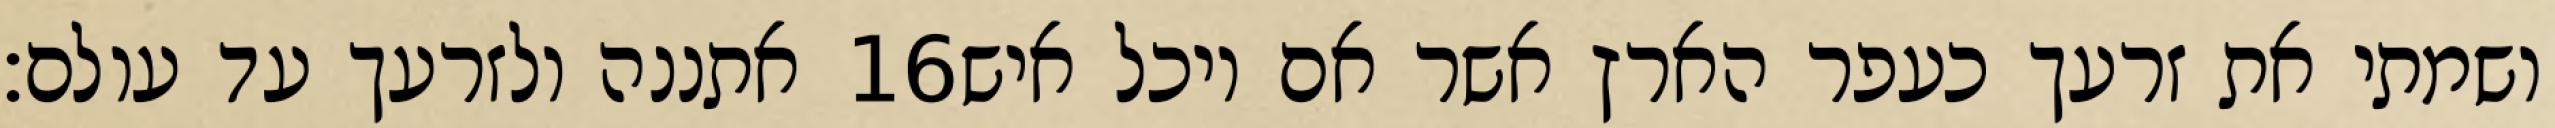
אתננה ולזרעך עד עולם׃ ‎16‏ ושמתי את זרעך כעפר הארץ אשר אם יוכל איש